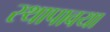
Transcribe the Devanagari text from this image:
स्थापावया